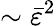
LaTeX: \sim\bar{\varepsilon}^{2}